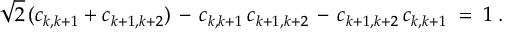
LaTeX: \sqrt { 2 } \, ( c _ { k , k + 1 } + c _ { k + 1 , k + 2 } ) \, - \, c _ { k , k + 1 } \, c _ { k + 1 , k + 2 } \, - \, c _ { k + 1 , k + 2 } \, c _ { k , k + 1 } \; = \; 1 \; .